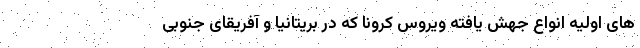
های اولیه انواع جهش یافته ویروس کرونا که در بریتانیا و آفریقای جنوبی